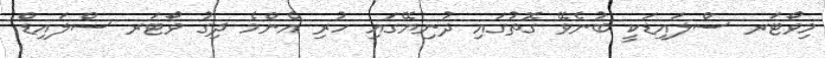
މިވޯޓަރ ސްލައިޑަކީ ބުނެވޭ ގޮތުގައި ދުނިޔޭގައި ހުރި އެންމެ ދިގު ވޯޓަރ ސްލައިޑް